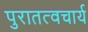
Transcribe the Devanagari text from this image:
पुरातत्वचार्य